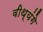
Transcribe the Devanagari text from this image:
वीथ्यंगे